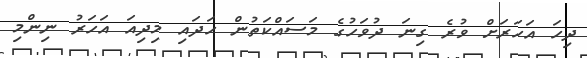
ދިހަ އަހަރަށް ވުރެ ގިނަ ދުވަހުގެ މަސައްކަތުން ހަދައި މިދިއަ އަހަރު ނިންމި